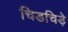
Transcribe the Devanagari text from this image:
चिडचिड़े